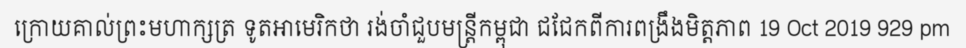
ក្រោយគាល់ព្រះមហាក្សត្រ ទូតអាមេរិកថា រង់ចាំជួបមន្ត្រីកម្ពុជា ជជែកពីការពង្រឹងមិត្តភាព 19 Oct 2019 929 pm